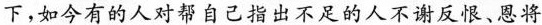
下，如今有的人对帮自己指出不足的人不渐反恨、恩将